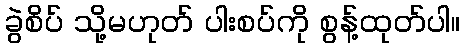
ခွဲစိပ် သို့မဟုတ် ပါးစပ်ကို စွန့်ထုတ်ပါ။